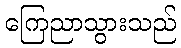
ကြေညာသွားသည်